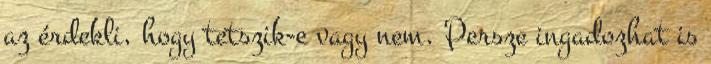
az érdekli, hogy tetszik-e vagy nem. Persze ingadozhat is